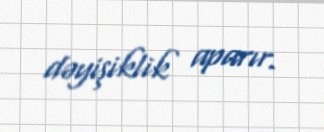
dəyişiklik aparır.